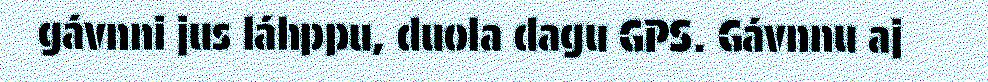
gávnni jus láhppu, duola dagu GPS. Gávnnu aj